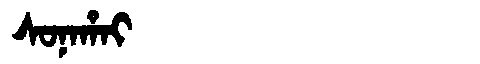
Manchu: ᠰᠣᠨᠠᡥᠠᡳ
Romanization: SONAHAI